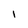
Character: 1